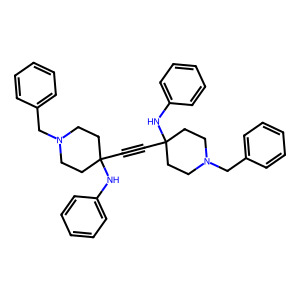
SMILES: C(#CC1(Nc2ccccc2)CCN(Cc2ccccc2)CC1)C1(Nc2ccccc2)CCN(Cc2ccccc2)CC1
Inhibits HIV replication: No